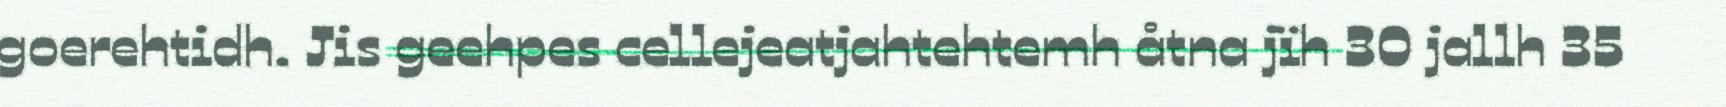
goerehtidh. Jis geehpes cellejeatjahtehtemh åtna jïh 30 jallh 35